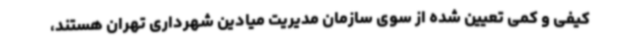
کیفی و کمی تعیین شده از سوی سازمان مدیریت میادین شهرداری تهران هستند،